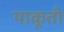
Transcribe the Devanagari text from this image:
याकूती